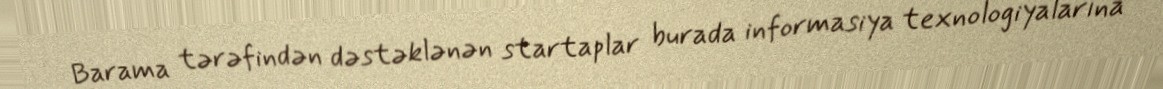
Barama tərəfindən dəstəklənən startaplar burada informasiya texnologiyalarına